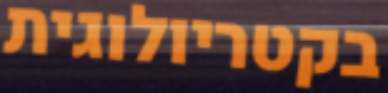
בקטריולוגית